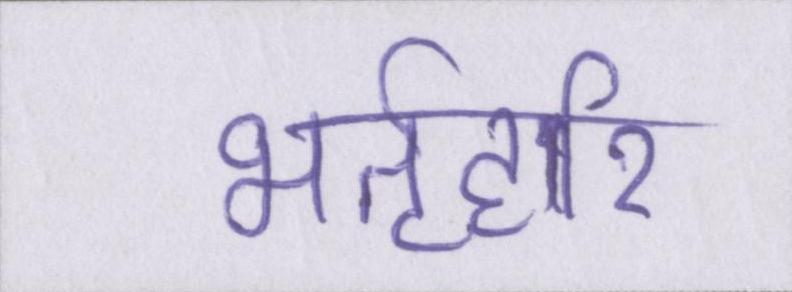
भर्तृहरि